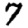
Digit: 7